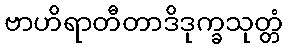
ဗာဟိရာတီတာဒိဒုက္ခသုတ္တံ